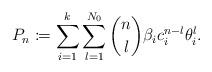
LaTeX: \begin{align*} P_n \coloneqq \sum_{i=1}^k \sum_{l=1}^{N_0} {n \choose l} \beta_i c_i^{n-l} \theta_i^l. \end{align*}